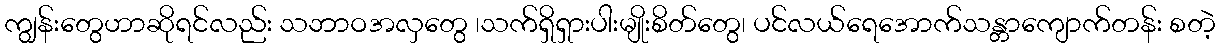
ကျွန်းတွေဟာဆိုရင်လည်း သဘာဝအလှတွေ ၊သက်ရှိရှားပါးမျိုးစိတ်တွေ၊ ပင်လယ်ရေအောက်သန္တာကျောက်တန်း စတဲ့